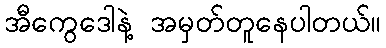
အီကွေဒေါနဲ့ အမှတ်တူနေပါတယ်။